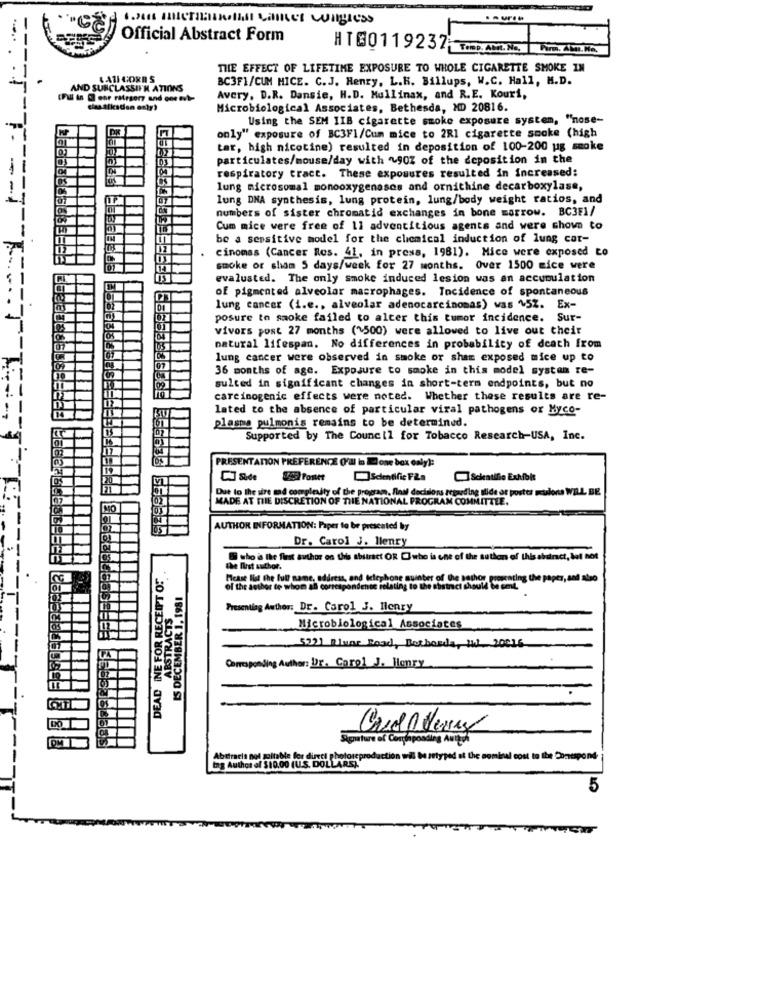
IWas ABTHRESHER Lamer wingless
Official Abstract Form
HT00119237 TODAML. NO, Tira. A. NO.
---
THE EFFECT OF LIFETIME EXPOSURE TO WHOLE CIGARETTE SMOKE IN
LATI CORD S
BC3F1/CUM HICE. C.J. Henry, L.K. Billups, W.C. Hall, M.D.
AND SURCLASSIFN ATIONS
(Full in ese rateserz and one wt-
Avery. D.R. Dansie, H.D. Mullinax, and R.E. Kouri,
classfksden only?
Microbiological Associates, Bethesda, MD 20816.
Using the SEM IIB cigarette smoke exposure system, "nose-
only" exposure of BC3F1/Cum mice to 2RI cigarette smoke (high
tar, high nicotine) resulted in deposition of 100-200 ug smoke
particulates/mouse/day with ~90% of the deposition in the
respiratory tract. These exposures resulted in increased:
lung microsomal monooxygenasos and ornithine decarboxylase,
- -
lung DNA synthesis, lung protein, lung/body weight ratios, and
numbers of sister chromatid exchanges in bone marrow. BC3F1/
Cum mice were free of 11 adventitious agents and were shown to
be a sensitive model for the chemical induction of lung car-
cinomes (Cancer Res. 41, in press, 1981). Hice were exposed to
smoke or sham 5 days/week for 27 months. Over 1500 mice were
evaluated. The only smoke induced lesion was an accumulation
of pigmented alveolar macrophages. Incidence of spontaneous
lung cancer (i.e ., alveolar adenocarcinomas) was 452. Ex-
posure to smoke failed to alter this tumor incidence. Sur-
vivors post 27 months (~500) were allowed to live out their
natural lifespan. No differences in probability of death from
lung cancer were observed in smoke or sham exposed mice up to
36 months of age. Exposure to smoke in this model system re-
sulted in significant changes in short-term endpoints, but no
carcinogenic effects were noted. Whether these results are re-
lated to the absence of particular viral pathogens or Myco-
plasma pulmonis remains to be determined.
Supported by The Council for Tobacco Research-USA, Inc.
PRESENTATION PREFERENCE OV'U in Elone box only):
19
Postet
Scientific Fia
Scleatifie Exhibit
Dut to the wire med complexity of the program, final decisions regarding slide ar poster maioria WILL BE
MADE AT THE DISCRETION OF THE NATIONAL PROGRAM COMMITTEE.
MO
AUTHOR INFORMATION: Paper to be presented by
Dr. Carol J. llenry
@ who is the first author on this abstract OR Cwho is one of the suthen of this abstract, but not
DEAD INE FOR RECEIPT OF
the first author.
Please list the full name, address, and telephone suinter of the sathor presenting the paper, and also
of the author to whom af correspondente relating to the abstract should be emt.
IS DECEMBER 1, 19
ABSTRACTS
Presenting Author: Dr. Carol J. Henry
Microbiological Associates
5221 Bluar Road, Bothorda, W) 20016
Corresponding Author: Dr. Carol J. Henry
Abttracis not suitable for direct photoreproduction wil be setyped at the nominal cost to the Contspond
tag Author of 310.00 (U.S. DOLLARS)."
5